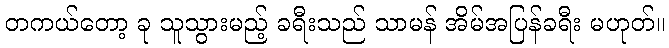
တကယ်တော့ ခု သူသွားမည့် ခရီးသည် သာမန် အိမ်အပြန်ခရီး မဟုတ်။